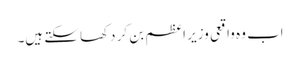
اب وہ واقعی وزیر اعظم بن کر دکھا سکتے ہیں۔